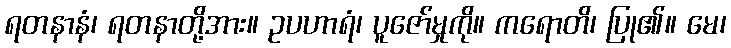
ရတနာနံ၊ ရတနာတို့အား။ ဥပဟာရံ၊ ပူဇော်မှုကို။ ကရောတိ၊ ပြု၏။ မေ၊